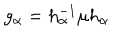
g _ { \alpha } = h _ { \alpha } ^ { - 1 } \mu h _ { \alpha }